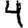
Digit: 4